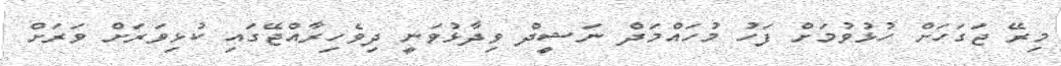
މިރޭ ޖަގަހަށް ހުޅުވުމަށް ފަހު މުހައްމަދް ނަޝީދް ވިދާޅުވަނީ ދިވެހިރާއްޖޭގައި ކުޅިވަރަށް ވަރަށް